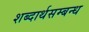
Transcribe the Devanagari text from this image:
शब्दार्थसम्बन्ध